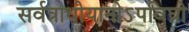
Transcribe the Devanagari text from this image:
सर्वत्राधीयानोऽपविघ्नो